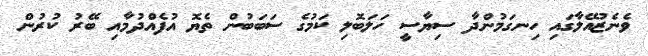
ވެނެޒުއޭލާގައި ހިނގަމުންދާ ސިޔާސީ ހަލަބޮލި ކަމުގެ ސަބަބުން ތެޔޮ އުފެއްދުމާއި ބޭރު ކުރުން